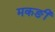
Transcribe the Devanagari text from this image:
मकङी